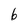
Character: 6